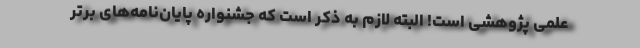
علمی پژوهشی است! البته لازم به ذکر است که جشنواره پایان‌نامه‌های برتر